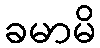
ခမာမိ